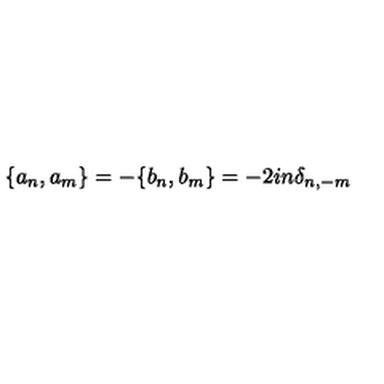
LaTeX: \{ a _ { n } , a _ { m } \} = - \{ b _ { n } , b _ { m } \} = - 2 i n { \delta } _ { n , - m }